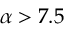
\alpha > 7 . 5